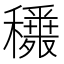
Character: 𥣾